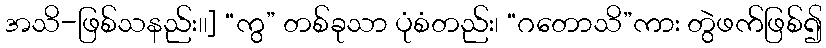
အသိ-ဖြစ်သနည်း၊၊] “ကွ” တစ်ခုသာ ပုံစံတည်း၊ “ဂတောသိ”ကား တွဲဖက်ဖြစ်၍